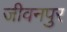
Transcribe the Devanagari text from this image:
जीवनपुर